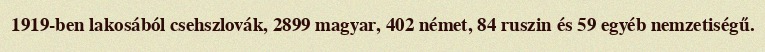
1919-ben lakosából csehszlovák, 2899 magyar, 402 német, 84 ruszin és 59 egyéb nemzetiségű.